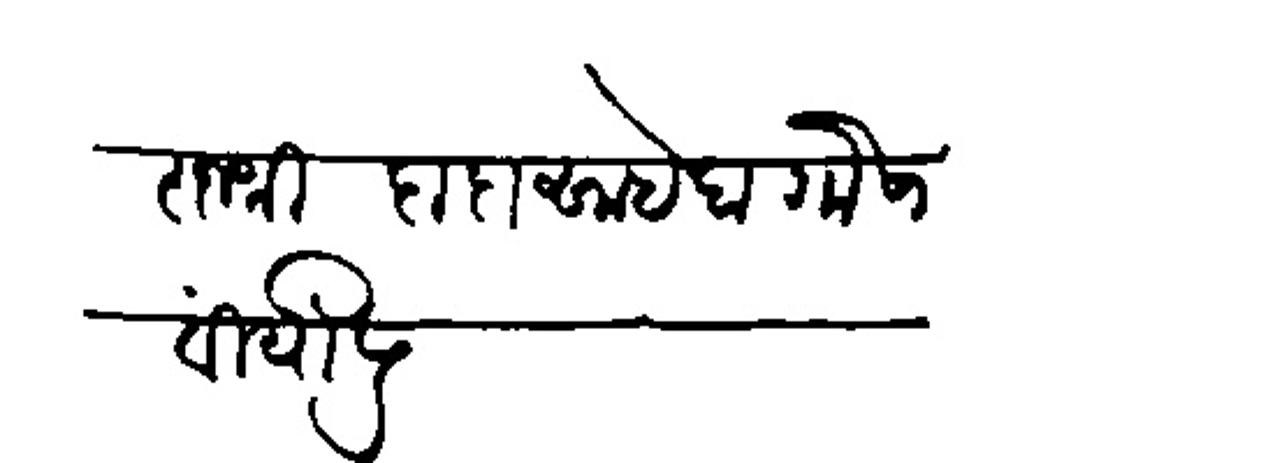
Transliteration (Devanagari): राजश्री दादासाहेब गोसावी यांसी